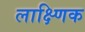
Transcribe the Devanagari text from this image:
लाक्ष्णिक